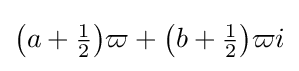
{\bigl (}a+{\tfrac {1}{2}}{\bigr )}\varpi +{\bigl (}b+{\tfrac {1}{2}}{\bigr )}\varpi i